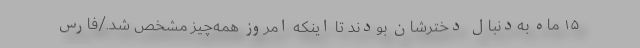
۱۵ ماه به‌دنبال دخترشان بودند تا اینکه امروز همه‌چیز مشخص شد./فارس